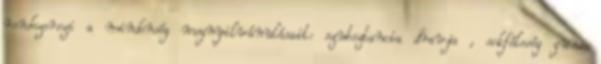
rendszerezi a mindenség megnyilvánulásait: szubsztancia dravja , sokféleség guna